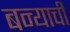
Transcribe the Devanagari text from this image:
बन्याची